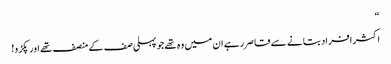
“
اکثر افراد بتانے سے قاصر رہے ان میں وہ تھے جو پہلی صف کے منصف تھے اور پکڑو!